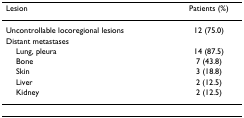
<table><thead><tr><td><b>Lesion</b></td><td><b>Patients (%)</b></td></tr></thead><tbody><tr><td>Uncontrollable locoregional lesions</td><td>12 (75.0)</td></tr><tr><td>Distant metastases</td></tr><tr><td> Lung, pleura</td><td>14 (87.5)</td></tr><tr><td> Bone</td><td>7 (43.8)</td></tr><tr><td> Skin</td><td>3 (18.8)</td></tr><tr><td> Liver</td><td>2 (12.5)</td></tr><tr><td> Kidney</td><td>2 (12.5)</td></tr></tbody></table>